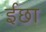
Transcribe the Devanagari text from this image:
ईछा